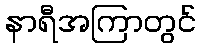
နာရီအကြာတွင်